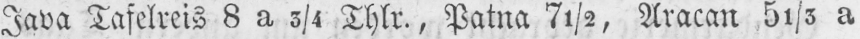
Java Tafelreis 8 a 3/4 Thlr., Patna 7½, Aracan 51/5 a